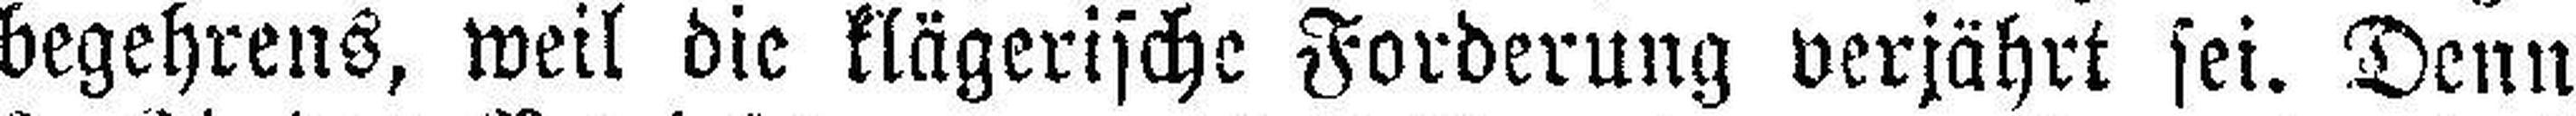
begehrens, weil die klägerische Forderung verjährt sei. Denn